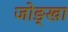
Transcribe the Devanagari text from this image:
जोङ्खा